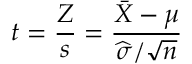
t = { \frac { Z } { s } } = { \frac { { \bar { X } } - \mu } { { \widehat { \sigma } } / { \sqrt { n } } } }